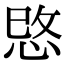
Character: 𢚓